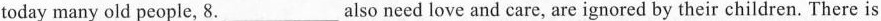
today many old people, 8.___ also need love and care, are ignored by their children. There is